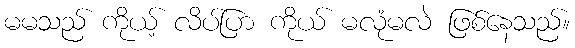
မမသည် ကိုယ့် လိပ်ပြာ ကိုယ် မလုံမလဲ ဖြစ်နေသည်။